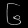
Digit: ၆